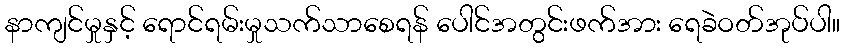
နာကျင်မှုနှင့် ရောင်ရမ်းမှုသက်သာစေရန် ပေါင်အတွင်းဖက်အား ရေခဲဝတ်အုပ်ပါ။